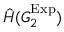
\hat { H } ( G _ { 2 } ^ { \mathrm { E x p } } )